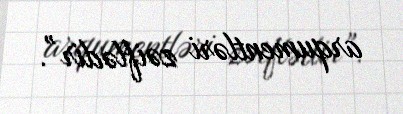
arqumentləri zəiflədir”.